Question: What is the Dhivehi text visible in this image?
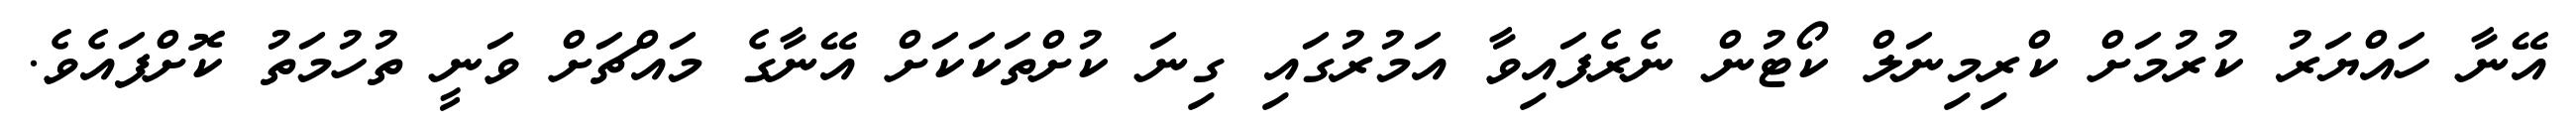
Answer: އޭނާ ހައްޔަރު ކުރުމަށް ކްރިމިނަލް ކޯޓުން ނެރެފައިވާ އަމުރުގައި ގިނަ ކުށްތަކަކަށް އޭނާގެ މައްޗަށް ވަނީ ތުހުމަތު ކޮށްފައެވެ.